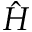
\hat { H }